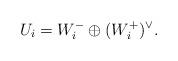
LaTeX: \begin{align*}U_{i}=W_{i}^{-}\oplus (W_{i}^{+})^{\vee}.\end{align*}